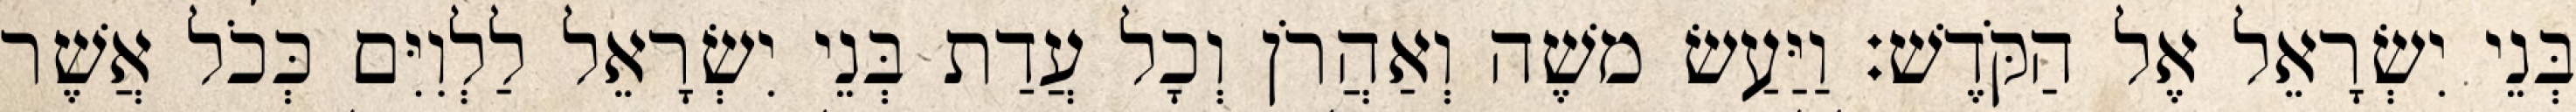
בְּנֵי יִשְׂרָאֵל אֶל הַקֹּדֶשׁ׃ וַיַּעַשׂ משֶׁה וְאַהֲרֹן וְכָל עֲדַת בְּנֵי יִשְׂרָאֵל לַלְוִיִּם כְּכֹל אֲשֶׁר